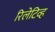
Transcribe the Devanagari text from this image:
रिलेटिव्ह